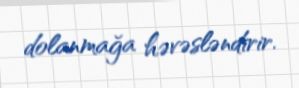
dolanmağa həvəsləndirir.